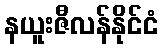
နယူးဇီလန်နိုင်ငံ